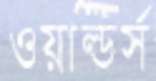
ওয়াল্ডর্স